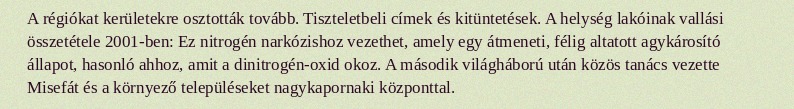
A régiókat kerületekre osztották tovább. Tiszteletbeli címek és kitüntetések. A helység lakóinak vallási összetétele 2001-ben: Ez nitrogén narkózishoz vezethet, amely egy átmeneti, félig altatott agykárosító állapot, hasonló ahhoz, amit a dinitrogén-oxid okoz. A második világháború után közös tanács vezette Misefát és a környező településeket nagykapornaki központtal.